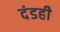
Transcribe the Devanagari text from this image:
दंडही